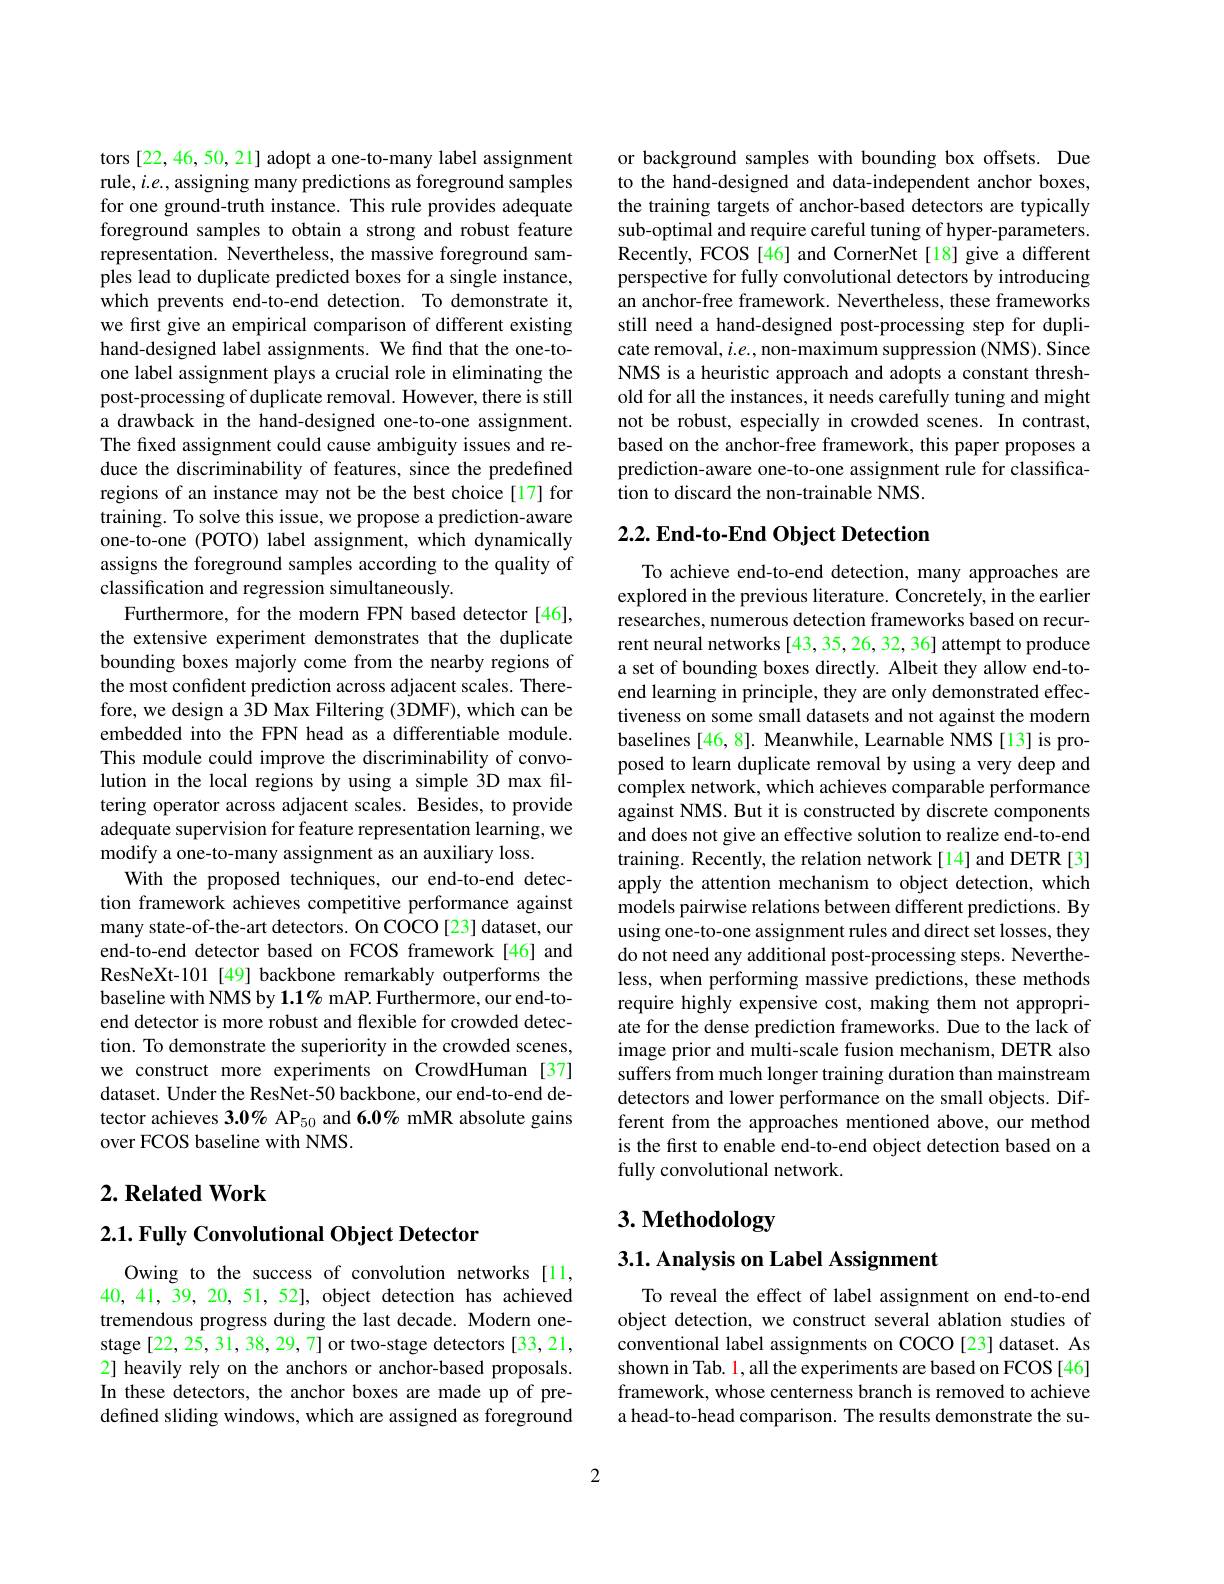
tors [22,46,50,21] adopt a one-to-many label assignment rule, $i.e.$, assigning many predictions as foreground samples for one ground-truth instance. This rule provides adequate foreground samples to obtain a strong and robust feature representation. Nevertheless, the massive foreground samples lead to duplicate predicted boxes for a single instance, which prevents end-to-end detection. To demonstrate it, we first give an empirical comparison of different existing hand-designed label assignments. We find that the one-toone label assignment plays a crucial role in eliminating the post-processing of duplicate removal. However, there is still a drawback in the hand-designed one-to-one assignment. The fixed assignment could cause ambiguity issues and reduce the discriminability of features, since the predefined regions of an instance may not be the best choice[17] for training. To solve this issue, we propose a prediction-aware one-to-one (POTO) label assignment, which dynamically assigns the foreground samples according to the quality of classification and regression simultaneously.
Furthermore, for the modern FPN based detector [46], the extensive experiment demonstrates that the duplicate bounding boxes majorly come from the nearby regions of the most confident prediction across adjacent scales. Therefore, we design a 3D Max Filtering (3DMF), which can be embedded into the FPN head as a differentiable module. This module could improve the discriminability of convolution in the local regions by using a simple 3D max filtering operator across adjacent scales. Besides, to provide adequate supervision for feature representation learning, we modify a one-to-many assignment as an auxiliary loss.
With the proposed techniques, our end-to-end detection framework achieves competitive performance against many state-of-the-art detectors. On COCO[23] dataset, our end-to-end detector based on FCOS framework[46] and ResNeXt-101[49] backbone remarkably outperforms the baseline with NMS by $1.1\%$ mAP. Furthermore, our end-toend detector is more robust and flexible for crowded detection. To demonstrate the superiority in the crowded scenes, we construct more experiments on CrowdHuman [37] dataset. Under the ResNet-50 backbone, our end-to-end detector achieves 3.0% AP$_{50}$ and 6.0% mMR absolute gains over FCOS baseline with NMS.

## $2. \textbf{Related Work}$

## $2. 1. \textbf{ Fully Convolutional Object Detector}$

Owing to the success of convolution networks [11, 40, 41, 39, 20, 51, 52], object detection has achieved tremendous progress during the last decade. Modern onestage [22, 25, 31, 38, 29, 7] or two-stage detectors [33, 21, 2] heavily rely on the anchors or anchor-based proposals. In these detectors, the anchor boxes are made up of predefined sliding windows, which are assigned as foreground

or background samples with bounding box offsets. Due to the hand-designed and data-independent anchor boxes, the training targets of anchor-based detectors are typically sub-optimal and require careful tuning of hyper-parameters Recently, FCOS [46] and CornerNet[18] give a different perspective for fully convolutional detectors by introducing an anchor-free framework. Nevertheless, these frameworks still need a hand-designed post-processing step for duplicate removal, $i.e.$, non-maximum suppression (NMS). Since NMS is a heuristic approach and adopts a constant threshold for all the instances, it needs carefully tuning and might not be robust, especially in crowded scenes. In contrast, based on the anchor-free framework, this paper proposes a prediction-aware one-to-one assignment rule for classification to discard the non-trainable NMS.

# 2.2. End-to-End Object Detection

To achieve end-to-end detection, many approaches are explored in the previous literature. Concretely, in the earlier researches, numerous detection frameworks based on recurrent neural networks [43, 35, 26, 32, 36] attempt to produce a set of bounding boxes directly. Albeit they allow end-toend learning in principle, they are only demonstrated effectiveness on some small datasets and not against the modern baselines [46,8]. Meanwhile, Learnable NMS [13] is proposed to learn duplicate removal by using a very deep and complex network, which achieves comparable performance against NMS. But it is constructed by discrete components and does not give an effective solution to realize end-to-end training. Recently, the relation network[14] and DETR[3] apply the attention mechanism to object detection, which models pairwise relations between different predictions. By using one-to-one assignment rules and direct set losses, they do not need any additional post-processing steps. Nevertheless, when performing massive predictions, these methods require highly expensive cost, making them not appropriate for the dense prediction frameworks. Due to the lack of image prior and multi-scale fusion mechanism, DETR also suffers from much longer training duration than mainstream detectors and lower performance on the small objects. Different from the approaches mentioned above, our method is the first to enable end-to-end object detection based on a fully convolutional network.

# 3. Methodology

$3. 1. \textbf{Analysis on Label Assignment}$

To reveal the effect of label assignment on end-to-end object detection, we construct several ablation studies of conventional label assignments on COCO[23] dataset. As shown in Tab. 1, all the experiments are based on FCOS[46] framework, whose centerness branch is removed to achieve a head-to-head comparison. The results demonstrate the su-

2